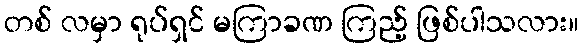
တစ် လမှာ ရုပ်ရှင် မကြာခဏ ကြည့် ဖြစ်ပါသလား။